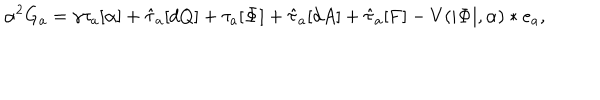
LaTeX: \alpha ^ { 2 } G _ { a } = \gamma \tau _ { a } [ \alpha ] + \hat { \tau } _ { a } [ d Q ] + \tau _ { a } [ { \bf \Phi } ] + \hat { \tau } _ { a } [ d A ] + \hat { \tau } _ { a } [ { \bf F } ] - V ( | { \bf \Phi } | , \alpha ) * e _ { a } ,